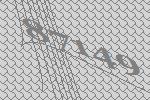
87149